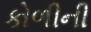
કોળીની